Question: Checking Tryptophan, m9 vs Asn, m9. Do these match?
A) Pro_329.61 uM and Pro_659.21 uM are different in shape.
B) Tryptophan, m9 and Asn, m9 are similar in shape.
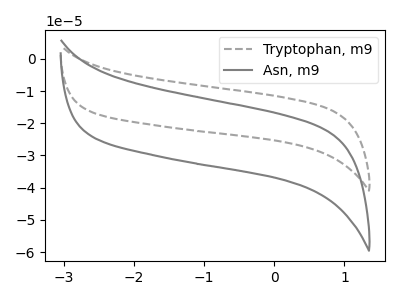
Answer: <think>The gray dashed curve "Tryptophan, m9" has no peaks. The gray curve "Asn, m9" has no peaks.
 Neither "Tryptophan, m9" or "Asn, m9" have any peaks.</think>
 <answer>B) "Tryptophan, m9" and "Asn, m9" are similar in shape.</answer>
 <eval>B</eval>